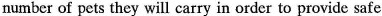
number of pets they will carry in order to provide safe